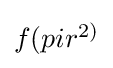
{\textstyle f(pir^{2)}}